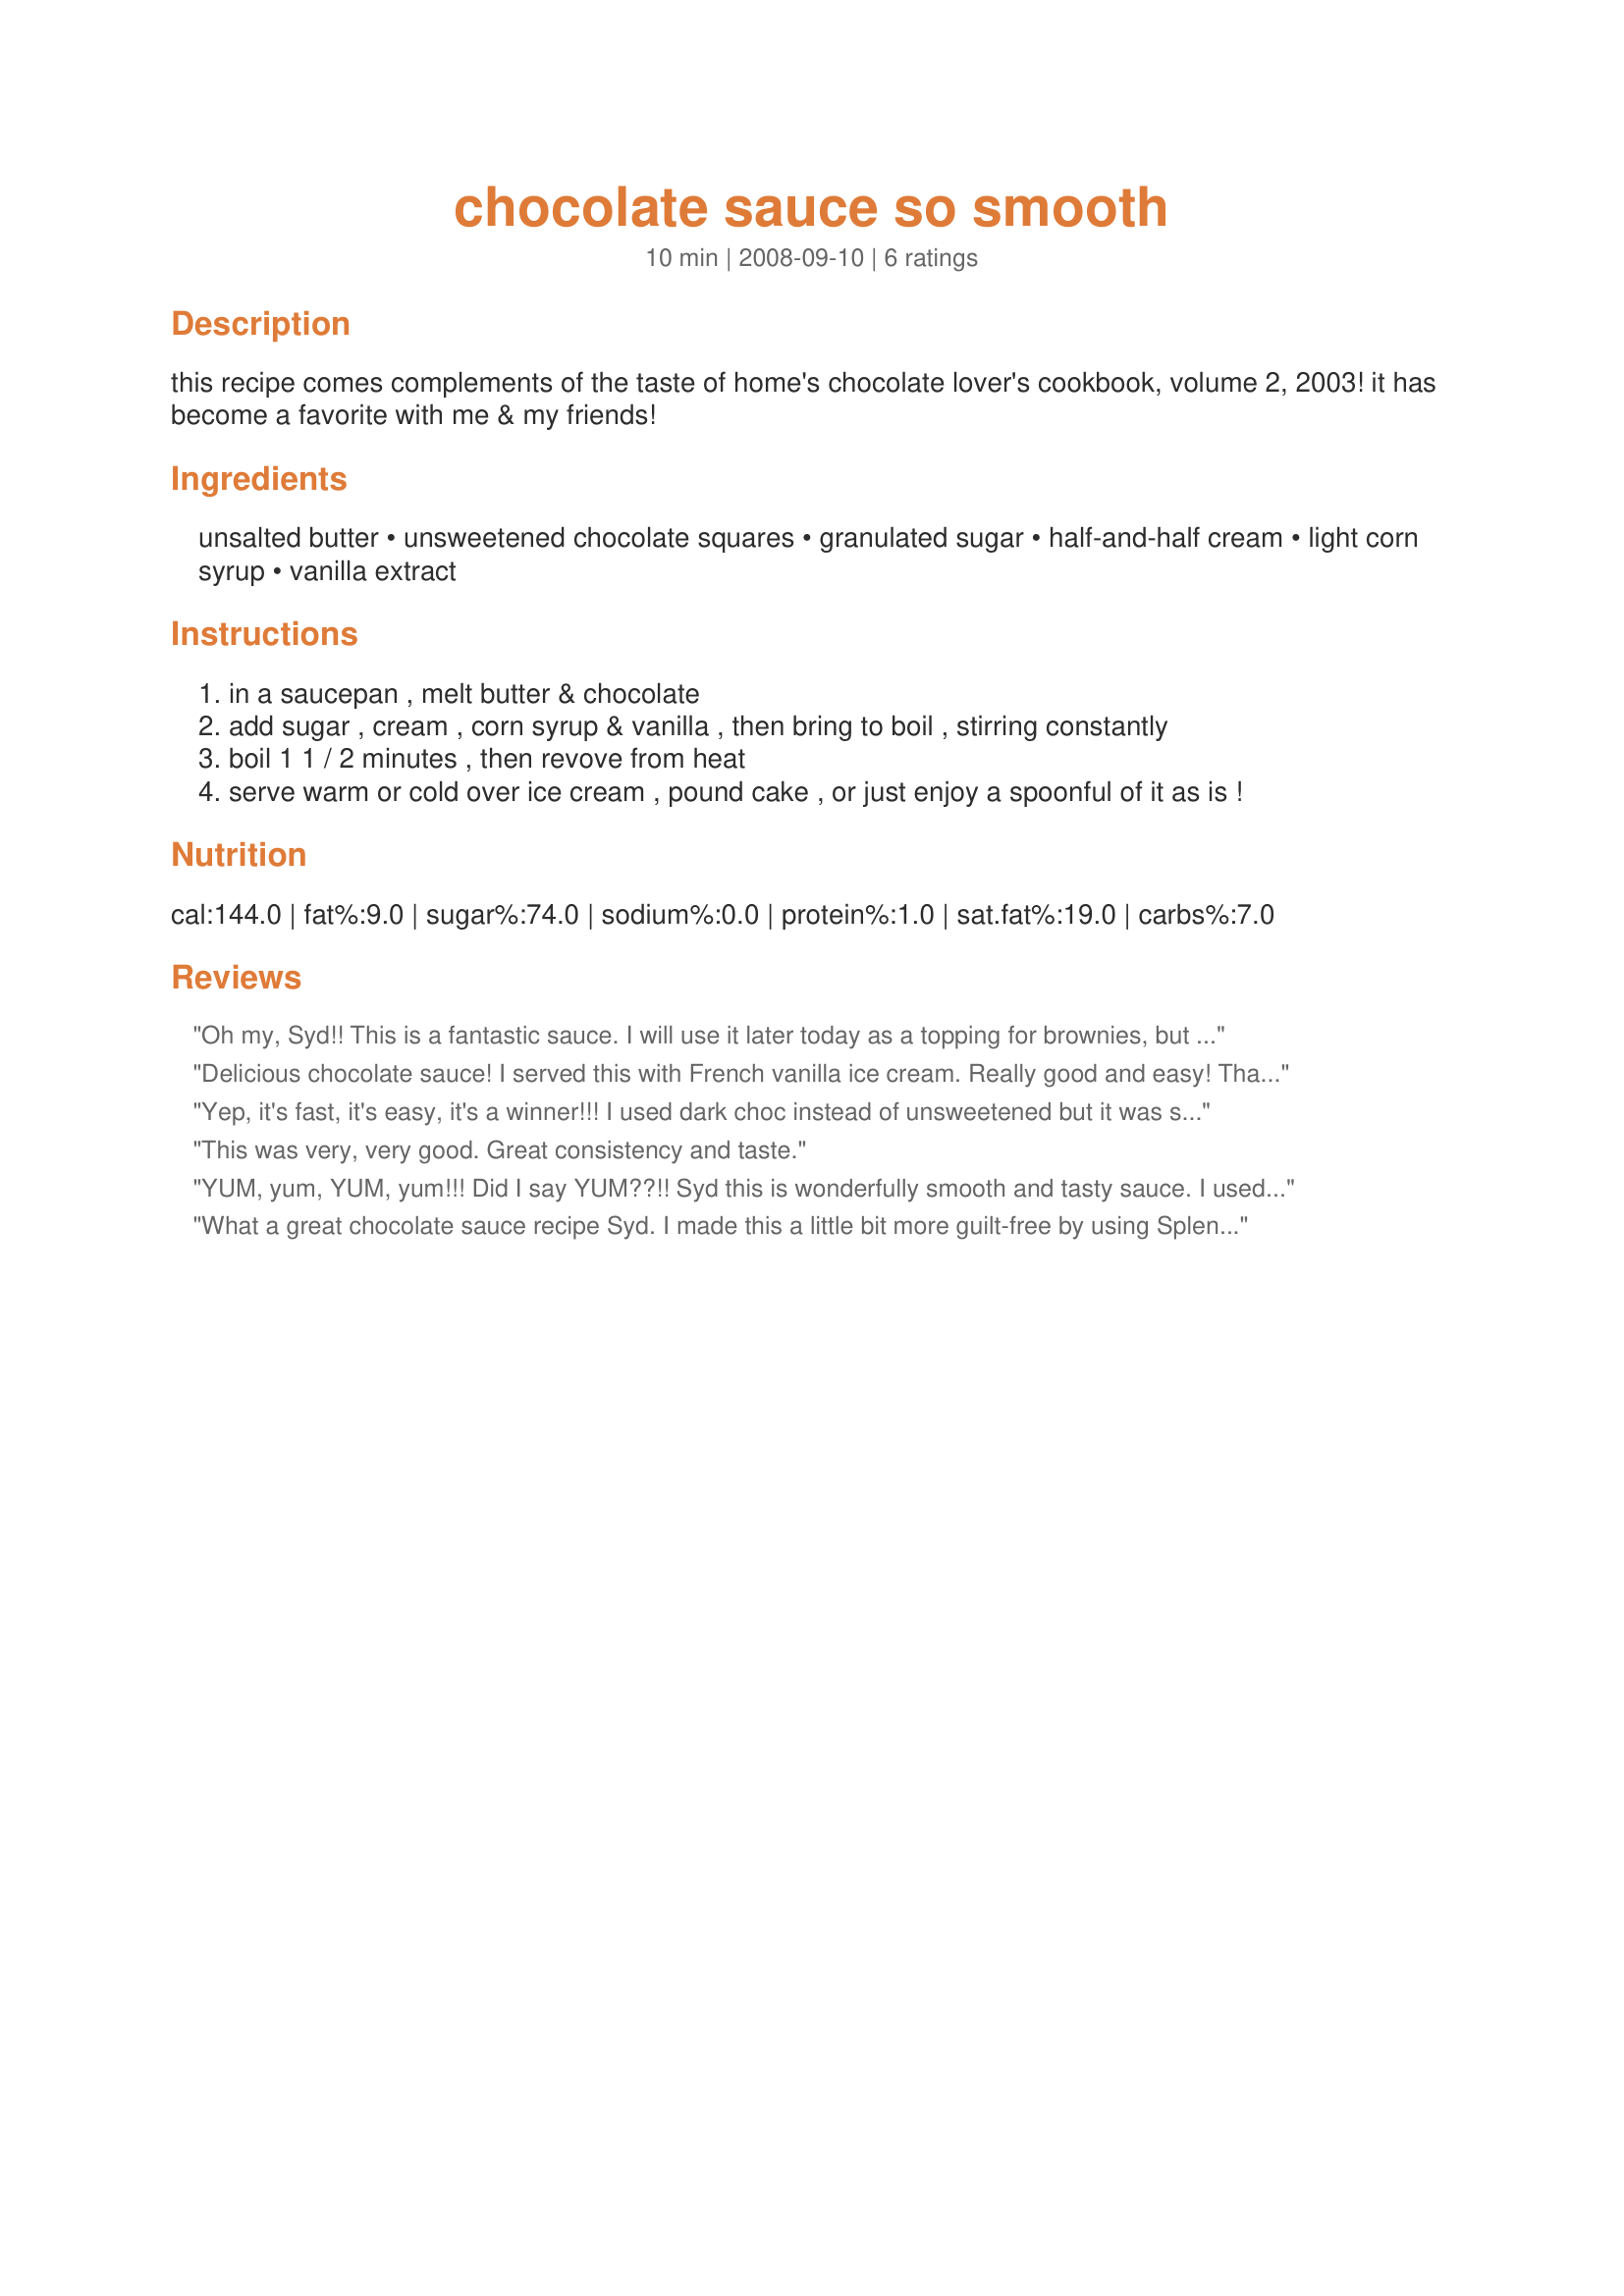
chocolate sauce so smooth
Preparation time: 10 minutes

this recipe comes complements of the taste of home's chocolate lover's cookbook, volume 2, 2003! it has become a favorite with me & my friends!

Ingredients:
unsalted butter, unsweetened chocolate squares, granulated sugar, half-and-half cream, light corn syrup, vanilla extract

Steps:
in a saucepan , melt butter & chocolate
add sugar , cream , corn syrup & vanilla , then bring to boil , stirring constantly
boil 1 1 / 2 minutes , then revove from heat
serve warm or cold over ice cream , pound cake , or just enjoy a spoonful of it as is !

Reviews:
Oh my, Syd!! This is a fantastic sauce. I will use it later today as a topping for brownies, but of course had to taste test after making! The corn syrup does the trick and the smoothness is just fantastic. I know that this will be a hit. I made 1/4 of the recipe which worked fine. Made for PRMR
Delicious chocolate sauce! I served this with French vanilla ice cream. Really good and easy! Thanks for sharing. Made for Gimme 5 tag.
Yep, it's fast, it's easy, it's a winner!!! I used dark choc instead of unsweetened but it was still fab. A pressie for you...made for the 12 Days of Christmas Aussie Swap 12/08. :)
This was very, very good. Great consistency and taste.
YUM, yum, YUM, yum!!! Did I say YUM??!! Syd this is wonderfully smooth and tasty sauce. I used it warmed in a small crockpot and served with fresh pineapple, apples and strawberries. It kept its's smooth texture for hours and I swear I could have just eaten if off the spoon if guests were not present! Made for your win during Summer Spectacular in the cooking tag game forum!
What a great chocolate sauce recipe Syd. I made this a little bit more guilt-free by using Splenda instead of the sugar. Soooo...good. I topped mine using your recipe#208539. The picture doesn't reflect it as that was DS's. A great hot fudge type sauce that can't be duplicated from store bought:-)
Made for PRMR.
